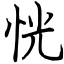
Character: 恍